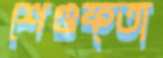
শেগুফ্তা